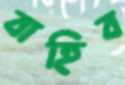
বাহিব